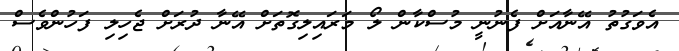
އެވަގުތު އޭނާއަށް ފެނުނީ މުސްކާން ލޯ މަރައިލިގޮތަށް އޭނާ ދުރަށް ޖެހިލި ފަހުންވެސް